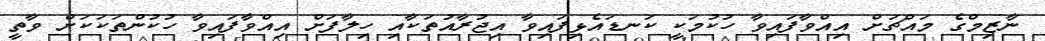
ނާޒިމްގެ މައްޗަށް އިއްވާފައިވާ ހުކުމަކީ ކަނޑައެޅިފައިވާ އިޖުރާއުތަކާއި ހިލާފަށް އިއްވާފައިވާ ހުކުންތަކަކަށް ވާތީ